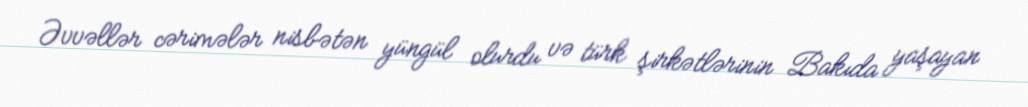
Əvvəllər cərimələr nisbətən yüngül olurdu və türk şirkətlərinin Bakıda yaşayan